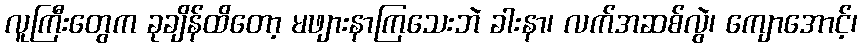
လူကြီးတွေက ခုချိန်ထိတော့ မဖျားနာကြသေးဘဲ ခါးနာ၊ လက်အဆစ်လွဲ၊ ကျောအောင့်၊